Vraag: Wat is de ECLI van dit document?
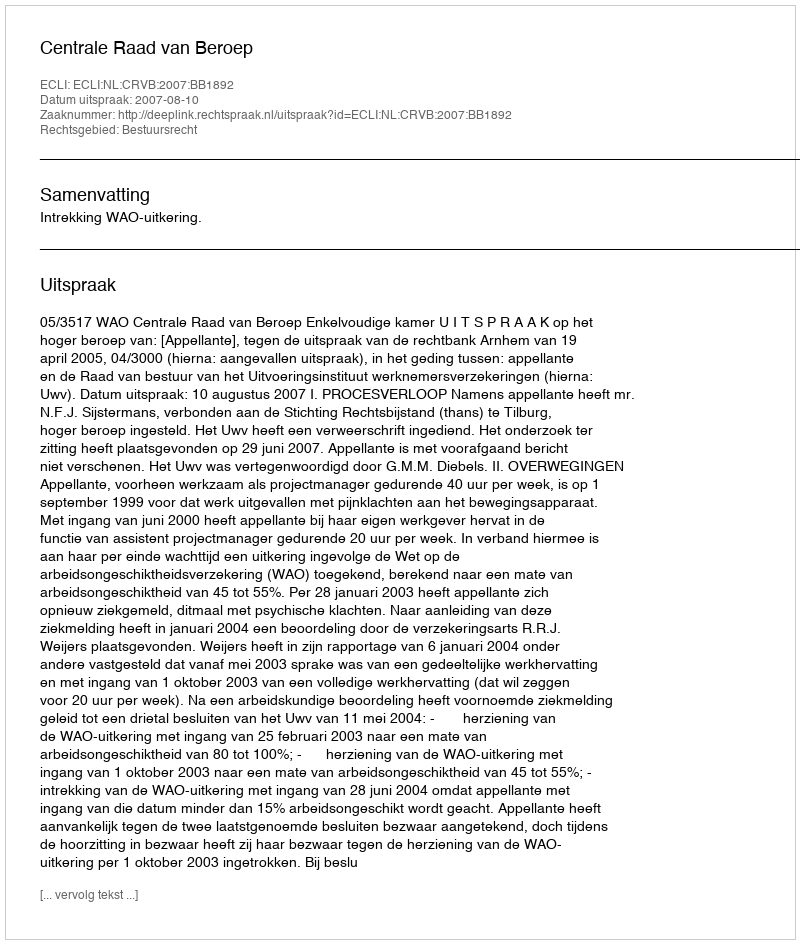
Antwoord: ECLI:NL:CRVB:2007:BB1892